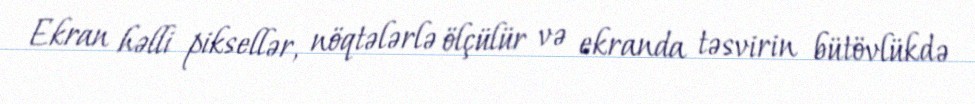
Ekran həlli piksellər, nöqtələrlə ölçülür və ekranda təsvirin bütövlükdə